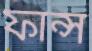
ফান্স